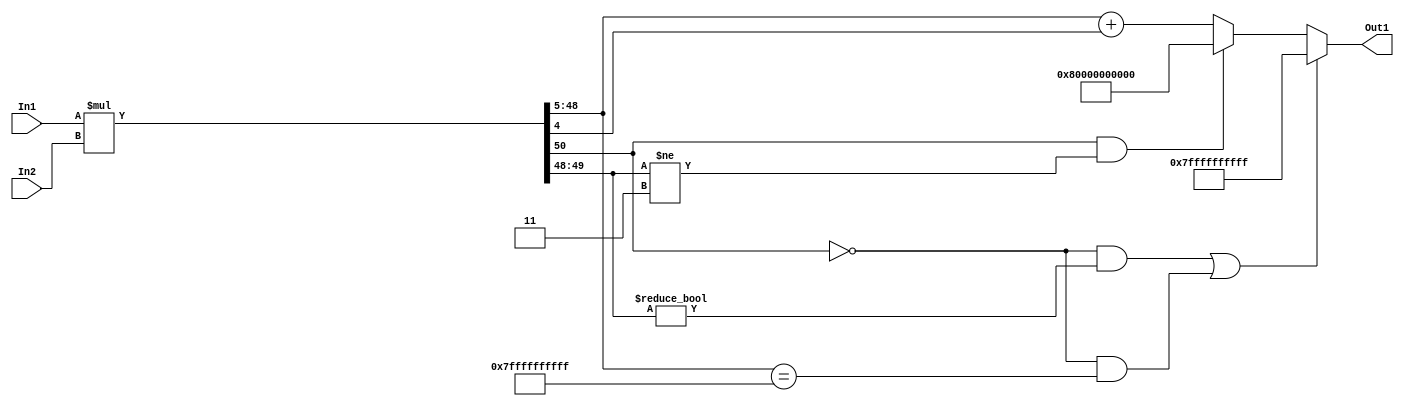
// -------------------------------------------------------------
// 
// 
// Generated by MATLAB 9.14 and HDL Coder 4.1
// 
// -------------------------------------------------------------


// -------------------------------------------------------------
// 
// Module: multa4_block1
// Source Path: FP_sub/fp model/IIR_section_3/multa4
// Hierarchy Level: 2
// 
// -------------------------------------------------------------

`timescale 1 ns / 1 ns

module multa4_block1
          (In2,
           In1,
           Out1);


  input   signed [14:0] In2;  // sfix15_En11
  input   signed [35:0] In1;  // sfix36_En27
  output  signed [43:0] Out1;  // sfix44_En33


  wire signed [50:0] multa4_mul_temp;  // sfix51_En38
  wire signed [43:0] multa4_out1;  // sfix44_En33


  assign multa4_mul_temp = In1 * In2;
  assign multa4_out1 = (((multa4_mul_temp[50] == 1'b0) && (multa4_mul_temp[49:48] != 2'b00)) || ((multa4_mul_temp[50] == 1'b0) && (multa4_mul_temp[48:5] == 44'sh7FFFFFFFFFF)) ? 44'sh7FFFFFFFFFF :
              ((multa4_mul_temp[50] == 1'b1) && (multa4_mul_temp[49:48] != 2'b11) ? 44'sh80000000000 :
              multa4_mul_temp[48:5] + $signed({1'b0, multa4_mul_temp[4]})));



  assign Out1 = multa4_out1;

endmodule  // multa4_block1